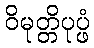
ဝိမုတ္တိပုပ္ဖံ